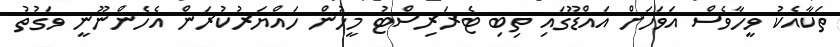
ތަކާއެކު ވީހާވެސް އަވަހަށް އައްޑޫގައި ތިބި ޓެރަރިސްޓު މީހުން ހައްޔަރުކުރަން އެހެންނޫނީ ވަގުތު